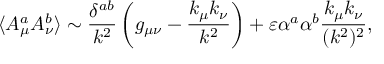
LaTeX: \langle A _ { \mu } ^ { a } A _ { \nu } ^ { b } \rangle \sim { \frac { \delta ^ { a b } } { k ^ { 2 } } } \left( g _ { \mu \nu } - { \frac { k _ { \mu } k _ { \nu } } { k ^ { 2 } } } \right) + \varepsilon \alpha ^ { a } \alpha ^ { b } { \frac { k _ { \mu } k _ { \nu } } { ( k ^ { 2 } ) ^ { 2 } } } ,